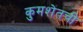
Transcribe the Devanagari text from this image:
कुमशेतची